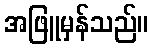
အဖြူမှန်သည်။